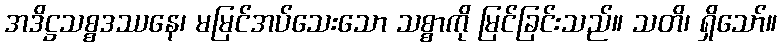
အဒိဋ္ဌသစ္စဒဿနေ၊ မမြင်အပ်သေးသော သစ္စာကို မြင်ခြင်းသည်။ သတိ၊ ရှိသော်။